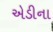
એડીના